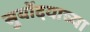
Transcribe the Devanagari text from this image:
सुर्योदयाच्या